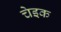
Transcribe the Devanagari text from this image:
चेइक